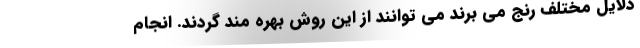
دلایل مختلف رنج می برند می توانند از این روش بهره مند گردند. انجام